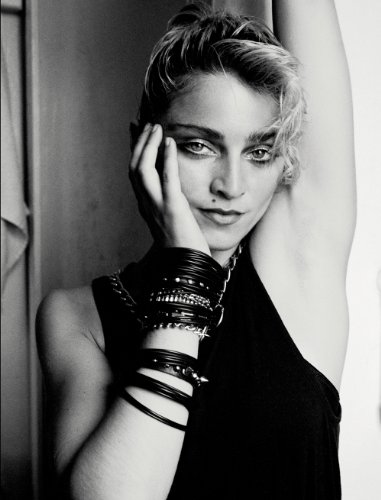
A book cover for Richard Corman: Madonna NYC 83; Arts & Photography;